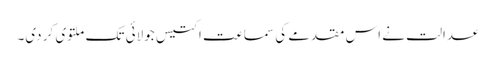
عدالت نے اس مقدمے کی سماعت اکتیس جولائی تک ملتوی کر دی۔